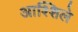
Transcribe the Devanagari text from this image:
आश्शिले